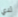
لدي